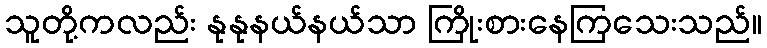
သူတို့ကလည်း နုနုနယ်နယ်သာ ကြိုးစားနေကြသေးသည်။